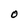
Character: O